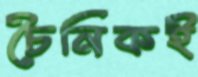
চৈনিকই